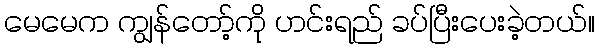
မေမေက ကျွန်တော့်ကို ဟင်းရည် ခပ်ပြီးပေးခဲ့တယ်။